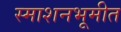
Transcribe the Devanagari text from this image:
स्माशनभूमीत